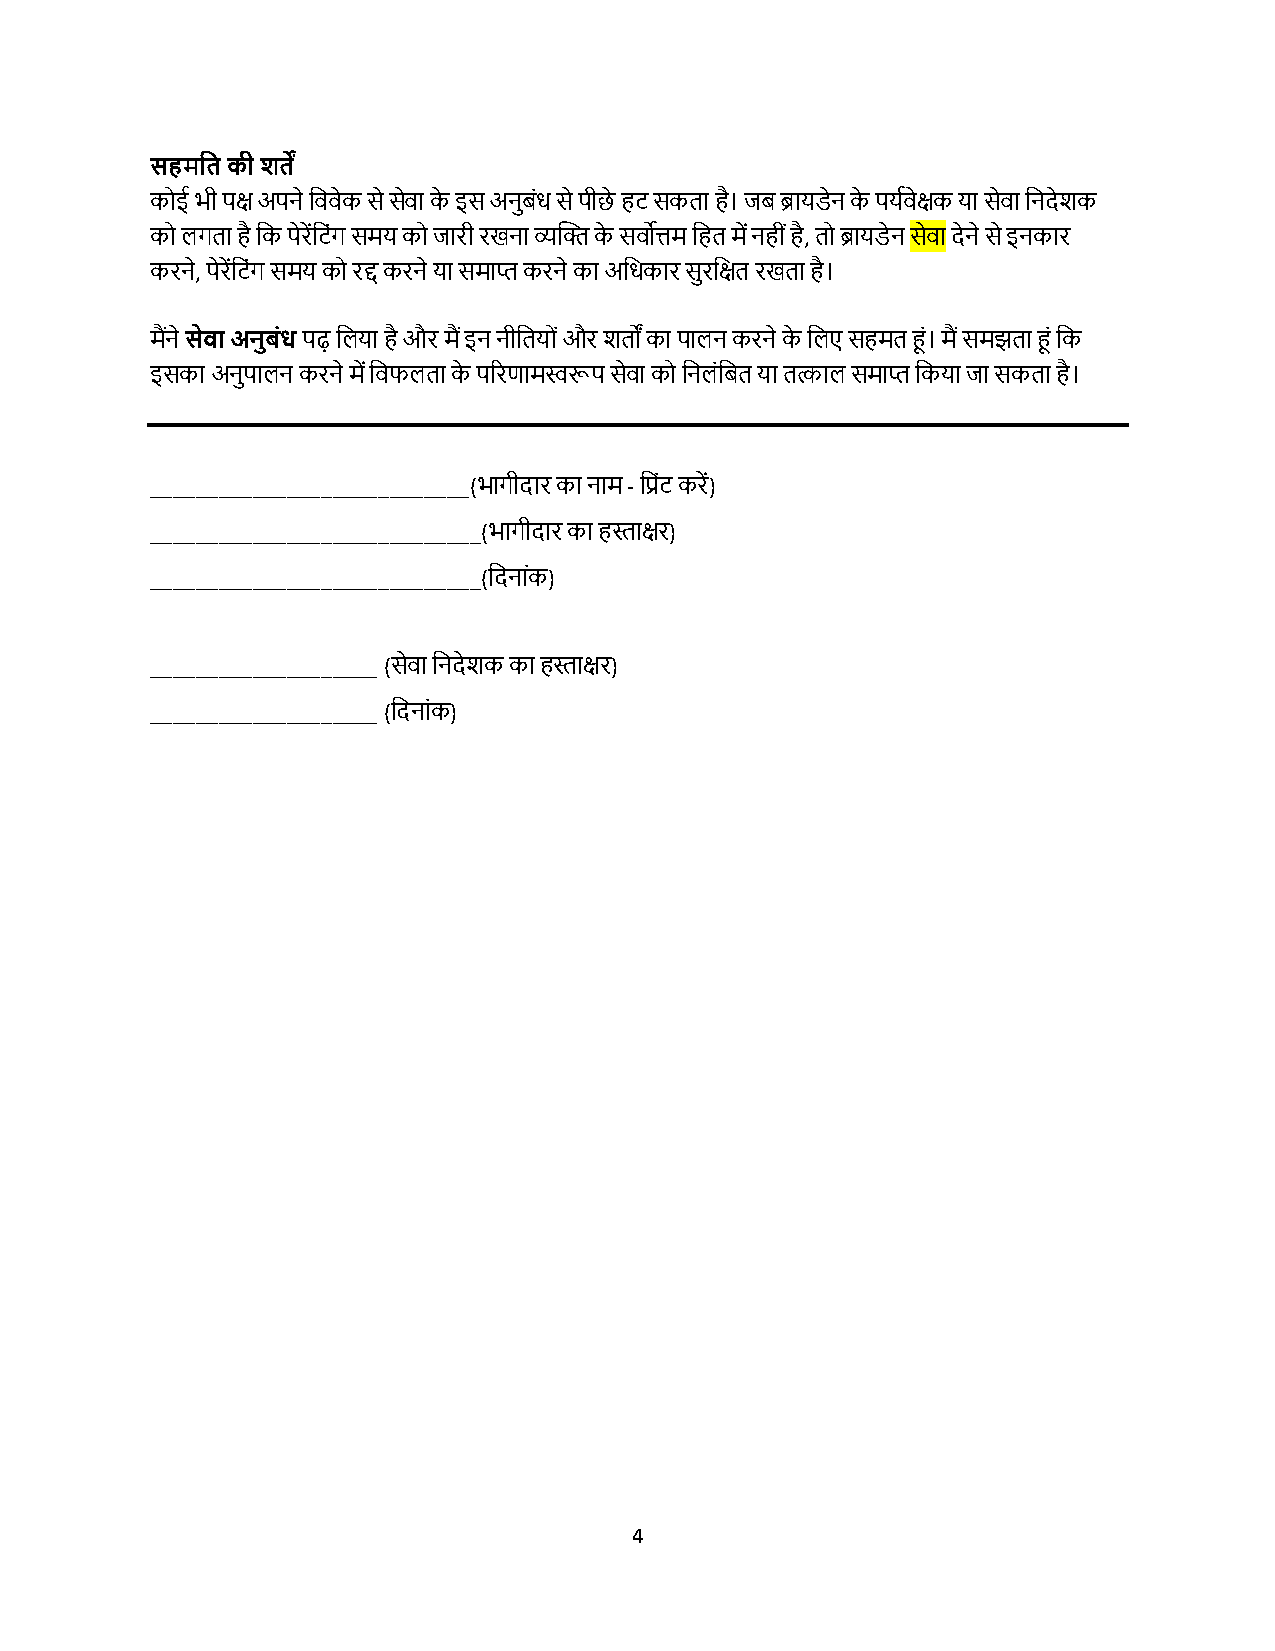
सहमटत की शतें
 क ई भी पक् अपिे तववेक से सेवा के इस अिुबोंध से पीछे हट सकता है। जब ब्रायडेि के पयिवेक्क या सेवा तिदेशक
 क ििता है तक पेरेंतटोंि समय क जारी रििा व्यखक्त के सवोिम तहत में िही ोंहै, त ब्रायडेि सेवा देिे से इिकार
 करिे, पेरेंतटोंि समय क रद् करिे या समाप्त करिे का अतधकार सुरतक्त रिता है।
 मैंिे सेवा अनुबंध पढ तिया है और मैं इि िीततय ोंऔर शतों का पािि करिे के तिए सहमत हों। मैं समझता हों तक
 इसका अिुपािि करिे में तवफिता के पररणामस्वरूप सेवा क तििोंतबत या तत्काि समाप्त तकया जा सकता है।
 ____________________________(भािीदार का िाम - तप्रोंट करें)
 _____________________________(भािीदार का हस्ताक्र)
 _____________________________(तदिाोंक)
 ____________________ (सेवा तिदेशक का हस्ताक्र)
 ____________________ (तदिाोंक)
 4